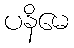
ပနိမေ